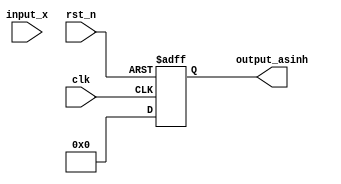
module asinh(
    input wire signed [15:0] input_x,    // 16-bit signed fixed-point input
    output reg signed [15:0] output_asinh, // 16-bit signed fixed-point output
    input wire clk,
    input wire rst_n
);

    reg signed [31:0] x_squared;          // 32-bit for x^2
    reg signed [31:0] sqrt_x_squared_plus_1; // 32-bit for sqrt(x^2 + 1)
    reg signed [31:0] ln_input;            // 32-bit for ln(x + sqrt(x^2 + 1))
    
    // Intermediate signals
    wire signed [31:0] sqrt_result;
    wire signed [31:0] ln_result;

    // Square root and logarithm functions (placeholder)
    function signed [31:0] sqrt(input signed [31:0] x);
        // Placeholder for square root function
        // Implement CORDIC or lookup table for actual hardware implementation
        begin
            // Simple iterative method or CORDIC can be implemented here
            sqrt = 0; // Replace with actual square root calculation
        end
    endfunction

    function signed [31:0] ln(input signed [31:0] x);
        // Placeholder for logarithm function
        // Implement CORDIC or lookup table for actual hardware implementation
        begin
            // Simple iterative method or CORDIC can be implemented here
            ln = 0; // Replace with actual logarithm calculation
        end
    endfunction

    always @(posedge clk or negedge rst_n) begin
        if (!rst_n) begin
            output_asinh <= 0;
        end else begin
            // Step 1: Calculate x^2
            x_squared <= input_x * input_x;

            // Step 2: Calculate sqrt(x^2 + 1)
            sqrt_x_squared_plus_1 <= sqrt(x_squared + 32'h00000001);

            // Step 3: Calculate ln(x + sqrt(x^2 + 1))
            ln_input <= input_x + sqrt_x_squared_plus_1;
            output_asinh <= ln(ln_input);
        end
    end

endmodule